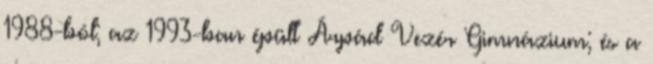
1988-ból; az 1993-ban épült Árpád Vezér Gimnázium; és a